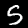
Digit: 5